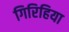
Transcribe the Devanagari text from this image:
गिरिहिया